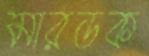
মারডক